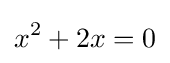
x^{2}+2x=0